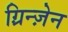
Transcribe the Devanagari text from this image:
ग़्रिन्ज़ेन